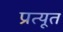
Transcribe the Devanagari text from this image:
प्रत्यूत